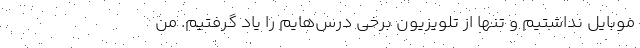
موبایل نداشتیم و تنها از تلویزیون برخی درس‌هایم را یاد گرفتیم. من